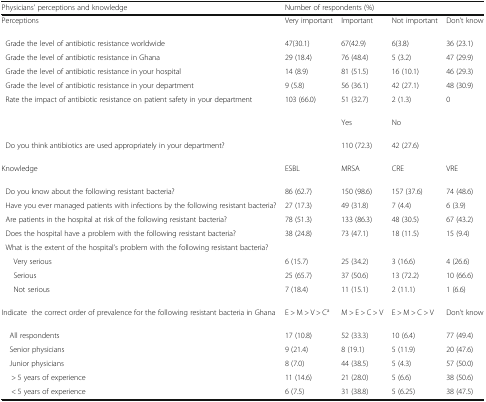
<table><thead><tr><td><b>Physicians’ perceptions and knowledge</b></td><td colspan="4"><b>Number of respondents (%)</b></td></tr></thead><tbody><tr><td>Perceptions</td><td>Very important</td><td>Important</td><td>Not important</td><td>Don’t know</td></tr><tr><td> Grade the level of antibiotic resistance worldwide</td><td>47(30.1)</td><td>67(42.9)</td><td>6(3.8)</td><td>36 (23.1)</td></tr><tr><td> Grade the level of antibiotic resistance in Ghana</td><td>29 (18.4)</td><td>76 (48.4)</td><td>5 (3.2)</td><td>47 (29.9)</td></tr><tr><td> Grade the level of antibiotic resistance in your hospital</td><td>14 (8.9)</td><td>81 (51.5)</td><td>16 (10.1)</td><td>46 (29.3)</td></tr><tr><td> Grade the level of antibiotic resistance in your department</td><td>9 (5.8)</td><td>56 (36.1)</td><td>42 (27.1)</td><td>48 (30.9)</td></tr><tr><td> Rate the impact of antibiotic resistance on patient safety in your department</td><td>103 (66.0)</td><td>51 (32.7)</td><td>2 (1.3)</td><td>0</td></tr><tr><td></td><td></td><td>Yes</td><td>No</td><td></td></tr><tr><td> Do you think antibiotics are used appropriately in your department?</td><td></td><td>110 (72.3)</td><td>42 (27.6)</td><td></td></tr><tr><td>Knowledge</td><td>ESBL</td><td>MRSA</td><td>CRE</td><td>VRE</td></tr><tr><td> Do you know about the following resistant bacteria?</td><td>86 (62.7)</td><td>150 (98.6)</td><td>157 (37.6)</td><td>74 (48.6)</td></tr><tr><td> Have you ever managed patients with infections by the following resistant bacteria?</td><td>27 (17.3)</td><td>49 (31.8)</td><td>7 (4.4)</td><td>6 (3.9)</td></tr><tr><td> Are patients in the hospital at risk of the following resistant bacteria?</td><td>78 (51.3)</td><td>133 (86.3)</td><td>48 (30.5)</td><td>67 (43.2)</td></tr><tr><td> Does the hospital have a problem with the following resistant bacteria?</td><td>38 (24.8)</td><td>73 (47.1)</td><td>18 (11.5)</td><td>15 (9.4)</td></tr><tr><td colspan="5"> What is the extent of the hospital’s problem with the following resistant bacteria?</td></tr><tr><td>Very serious</td><td>6 (15.7)</td><td>25 (34.2)</td><td>3 (16.6)</td><td>4 (26.6)</td></tr><tr><td>Serious</td><td>25 (65.7)</td><td>37 (50.6)</td><td>13 (72.2)</td><td>10 (66.6)</td></tr><tr><td>Not serious</td><td>7 (18.4)</td><td>11 (15.1)</td><td>2 (11.1)</td><td>1 (6.6)</td></tr><tr><td>Indicatethe correct order of prevalence for the following resistant bacteria in Ghana</td><td>E &gt; M &gt; V &gt; C<sup>a</sup></td><td>M &gt; E &gt; C &gt; V</td><td>E &gt; M &gt; C &gt; V</td><td>Don’t know</td></tr><tr><td> All respondents</td><td>17 (10.8)</td><td>52 (33.3)</td><td>10 (6.4)</td><td>77 (49.4)</td></tr><tr><td> Senior physicians</td><td>9 (21.4)</td><td>8 (19.1)</td><td>5 (11.9)</td><td>20 (47.6)</td></tr><tr><td> Junior physicians</td><td>8 (7.0)</td><td>44 (38.5)</td><td>5 (4.3)</td><td>57 (50.0)</td></tr><tr><td>&gt; 5 years of experience</td><td>11 (14.6)</td><td>21 (28.0)</td><td>5 (6.6)</td><td>38 (50.6)</td></tr><tr><td>&lt; 5 years of experience</td><td>6 (7.5)</td><td>31 (38.8)</td><td>5 (6.25)</td><td>38 (47.5)</td></tr></tbody></table>